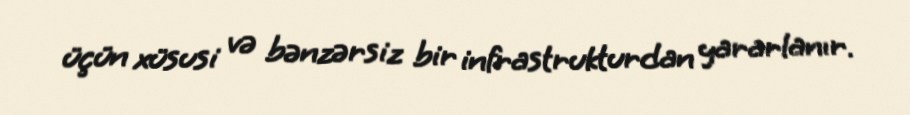
üçün xüsusi və bənzərsiz bir infrastrukturdan yararlanır.